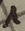
Text: 1